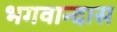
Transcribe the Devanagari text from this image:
भगवान्दास